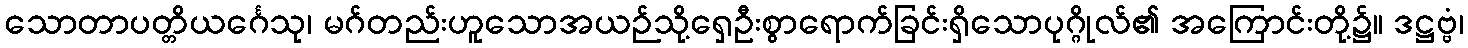
သောတာပတ္တိယင်္ဂေသု၊ မဂ်တည်းဟူသောအယဉ်သို့ရှေဦးစွာရောက်ခြင်းရှိသောပုဂ္ဂိုလ်၏ အကြောင်းတို့၌။ ဒဋ္ဌဗ္ဗံ၊